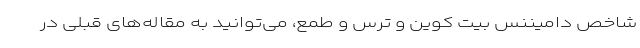
شاخص دامیننس بیت کوین و ترس و طمع، می‌توانید به مقاله‌های قبلی در